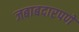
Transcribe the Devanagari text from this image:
जबाबदारपणे